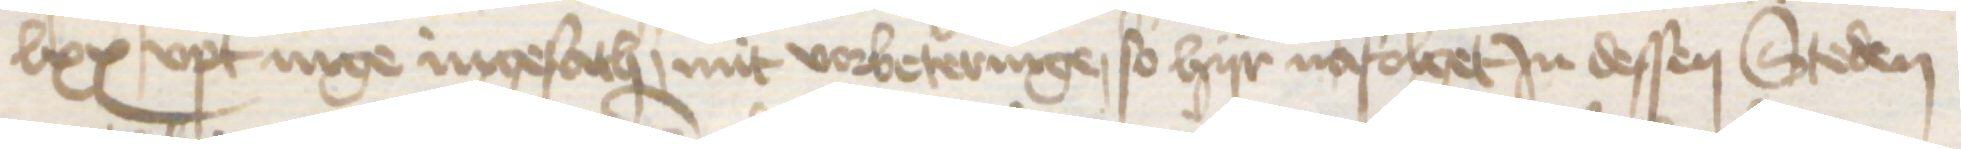
lxx upt nige ingesath, mit vorbeteringe, so hijr nafolget in dessen Steden